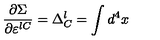
\frac { \partial \Sigma } { \partial \varepsilon ^ { l C } } = \Delta _ { C } ^ { l } = \int d ^ { 4 } x